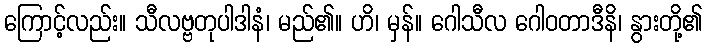
ကြောင့်လည်း။ သီလဗ္ဗတုပါဒါနံ၊ မည်၏။ ဟိ၊ မှန်။ ဂေါသီလ ဂေါဝတာဒီနိ၊ နွားတို့၏